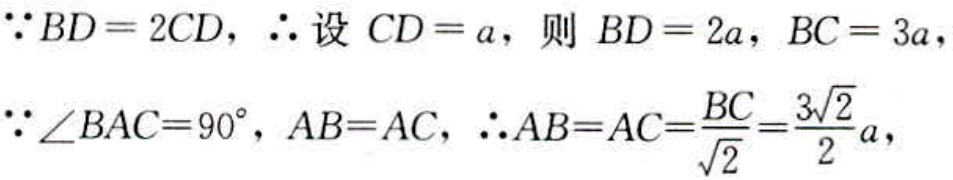
\(\because BD = 2CD, \therefore \text{设 } CD = a, \text{ 则 } BD = 2a, BC = 3a,\)
\(\because \angle BAC = 90^{\circ}, AB = AC, \therefore AB = AC=\frac{BC}{\sqrt{2}}=\frac{3\sqrt{2}}{2}a,\)